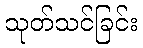
သုတ်သင်ခြင်း